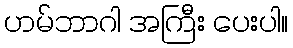
ဟမ်ဘာဂါ အကြီး ပေးပါ။